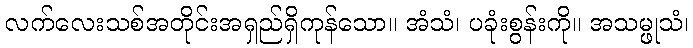
လက်လေးသစ်အတိုင်းအရှည်ရှိကုန်သော။ အံသံ၊ ပခုံးစွန်းကို။ အသမ္ဖုသံ၊